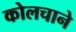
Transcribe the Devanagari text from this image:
कोलचाने